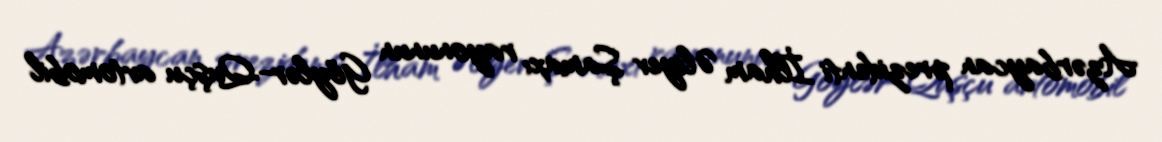
Azərbaycan prezidenti İlham Əliyev Şamaxı rayonunun Göylər-Quşçu avtomobil